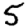
Digit: 5